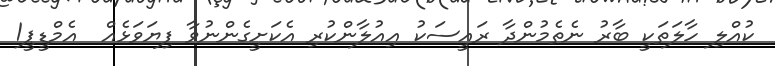
ކުއްލި ހާލަތަކީ ބާރު ނެތެމުންދާ ރައީސަކު އިއުލާންކުރި އެކަށީގެންނުވާ ފިޔަވަޅެއް  އެމްޑީޕީ1